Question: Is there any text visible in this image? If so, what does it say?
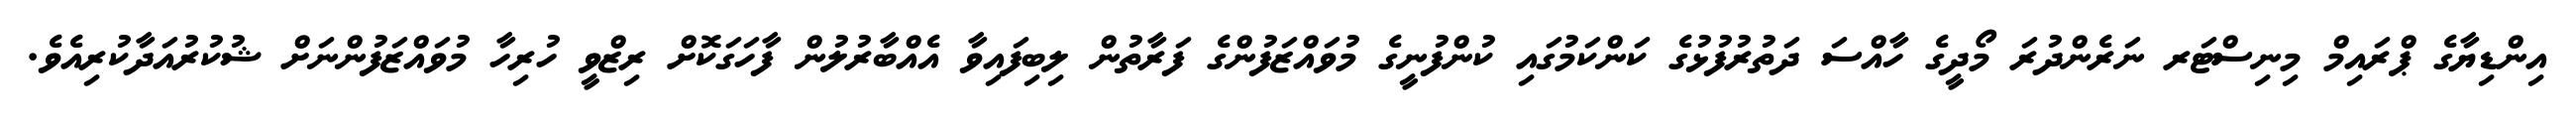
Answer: އިންޑިޔާގެ ޕްރައިމް މިނިސްޓަރ ނަރެންދުރަ މޯދީގެ ހާއްސަ ދަތުރުފުޅުގެ ކަންކަމުގައި ކުންފުނީގެ މުވައްޒަފުންގެ ފަރާތުން ލިބިފައިވާ އެއްބާރުލުން ފާހަގަކޮށް ރިޒްވީ ހުރިހާ މުވައްޒަފުންނަށް ޝުކުރުއަދާކުރިއެވެ.